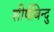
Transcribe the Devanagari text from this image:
शीर्षबिन्दु